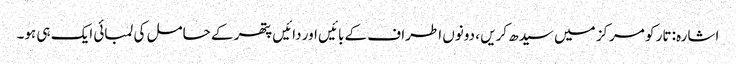
اشارہ: تار کو مرکز میں سیدھ کریں ، دونوں اطراف کے بائیں اور دائیں پتھر کے حامل کی لمبائی ایک ہی ہو۔